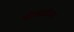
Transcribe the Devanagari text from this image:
पोलार्डच्या